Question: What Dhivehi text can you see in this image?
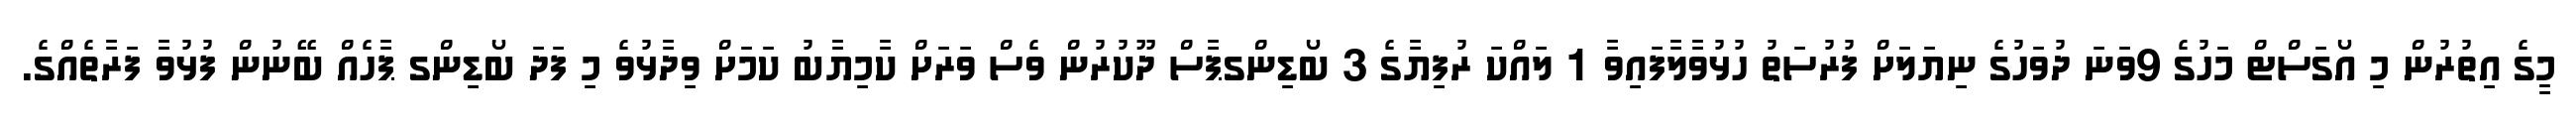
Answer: މީގެ އިތުރުން މި އޯގަސްޓް މަހުގެ 9ވަނަ ދުވަހުގެ ނިޔަލަށް ފުރުސަތު ހުޅުވާލާފައިވާ 1 ލައްކަ ރުފިޔާގެ 3 ބޯޑިންގޕާސް ދޫކުރުން ވެސް ވަރަށް ކާމިޔާބު ކަމަށް ވިދާޅުވެ މި ފަދަ ބޯޑިންގ ޕާހެއް ބޭނުން ފުޅުވާ ފަރާތެއްގެ.